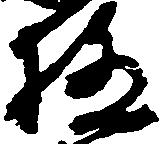
極